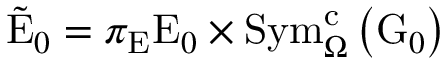
\tilde { \mathrm { E } } _ { 0 } = \pi _ { \mathrm { E } } \mathrm { E } _ { 0 } \times \mathrm { S y m } _ { \Omega } ^ { \mathrm { c } } \left( \mathrm { G } _ { 0 } \right)